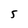
Character: 5